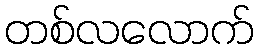
တစ်လလောက်